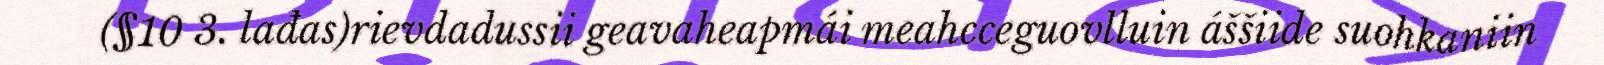
(§10 3. lađas)rievdadussii geavaheapmái meahcceguovlluin áššiide suohkaniin